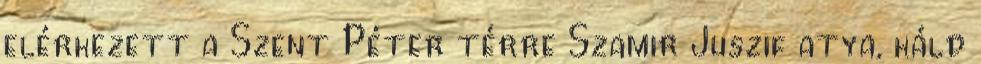
elérkezett a Szent Péter térre Szamir Juszif atya, káld